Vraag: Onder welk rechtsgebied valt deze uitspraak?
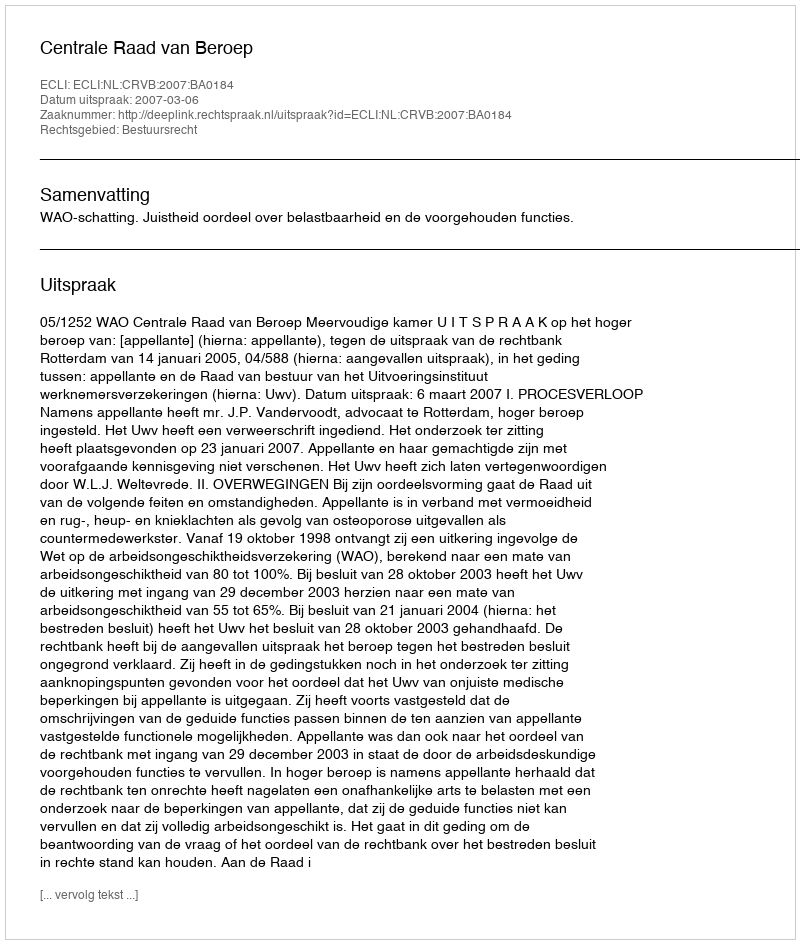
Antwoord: Bestuursrecht